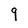
Character: 9